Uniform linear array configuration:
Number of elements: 32
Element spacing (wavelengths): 0.25
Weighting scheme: hann
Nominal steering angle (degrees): -15
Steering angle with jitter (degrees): -13.759
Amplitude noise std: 0.05
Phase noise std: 0.05

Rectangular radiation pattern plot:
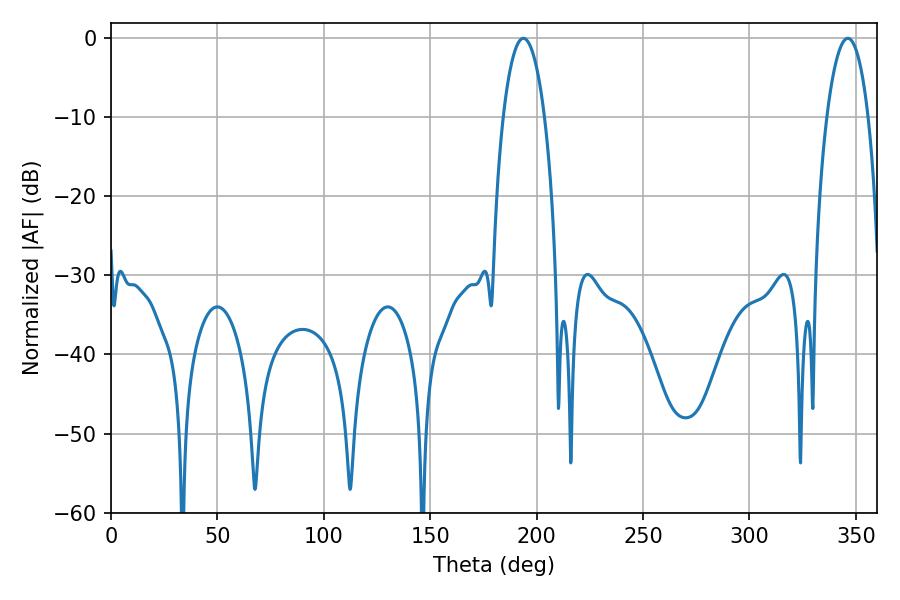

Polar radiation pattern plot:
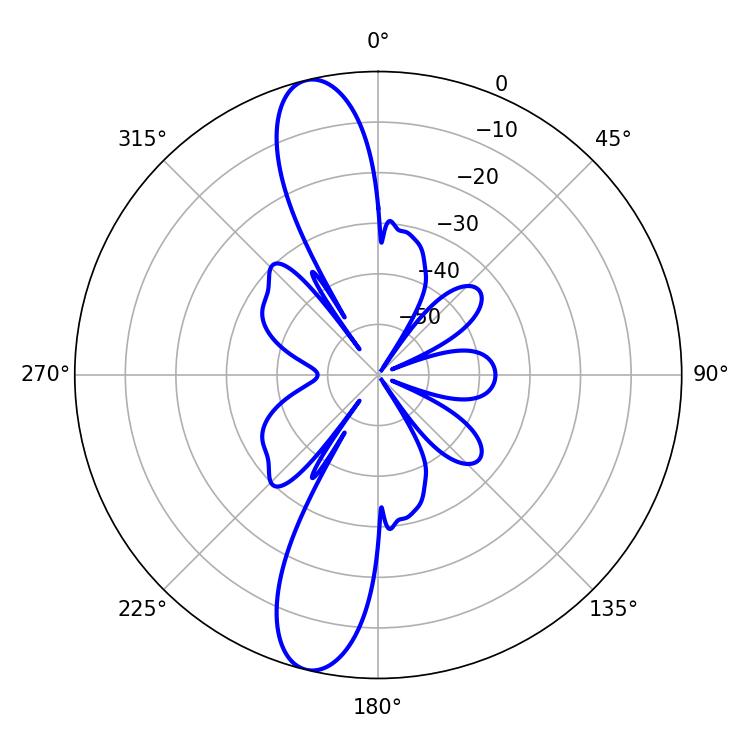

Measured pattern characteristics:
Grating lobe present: FALSE
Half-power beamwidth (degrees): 10.8
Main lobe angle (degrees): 193.86